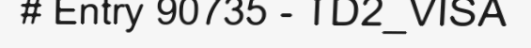
# Entry 90735 - TD2_VISA